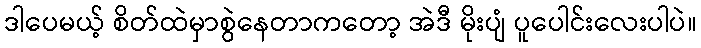
ဒါပေမယ့် စိတ်ထဲမှာစွဲနေတာကတော့ အဲဒီ မိုးပျံ ပူပေါင်းလေးပါပဲ။